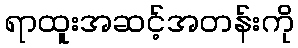
ရာထူးအဆင့်အတန်းကို